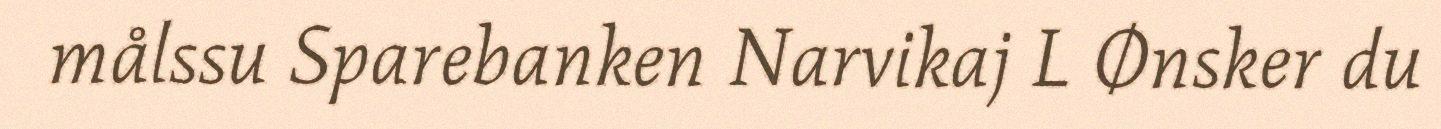
målssu Sparebanken Narvikaj L Ønsker du